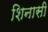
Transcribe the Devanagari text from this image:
शिनासी